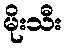
မိုးသီး